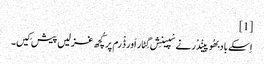
[1]
اِسکے باد بھُوپینْدْر نے سْپینِش گِٹار اَور ڈْرم پر کُچھ غزلیں پیش کِیں۔